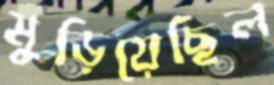
মুড়িয়েছিল